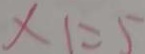
\times 1 = 5